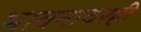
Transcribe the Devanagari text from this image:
भावनांवरही